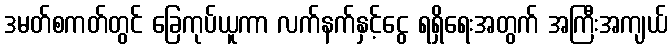
ဒမတ်စကတ်တွင် ခြေကုပ်ယူကာ လက်နက်နှင့်ငွေ ရရှိရေးအတွက် အကြီးအကျယ်